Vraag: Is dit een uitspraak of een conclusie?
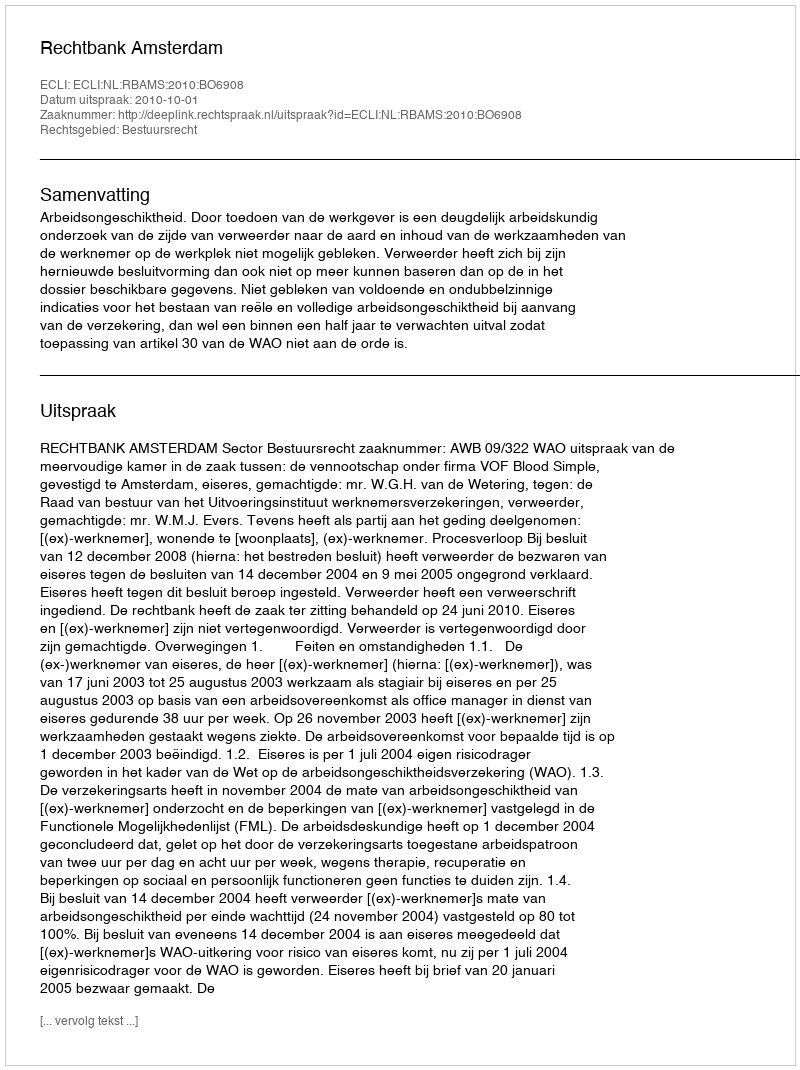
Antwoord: Uitspraak